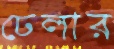
ঢেলার